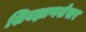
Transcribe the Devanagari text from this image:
शिवज्ञाणशेखर